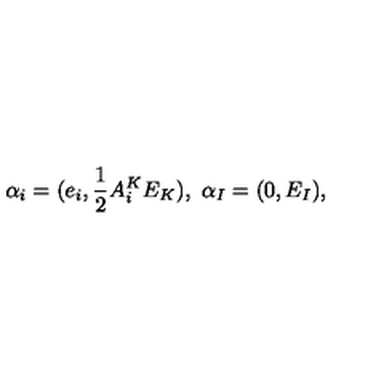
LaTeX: \alpha _ { i } = ( e _ { i } , { \frac { 1 } { 2 } } A _ { i } ^ { K } E _ { K } ) , \ \alpha _ { I } = ( 0 , E _ { I } ) ,